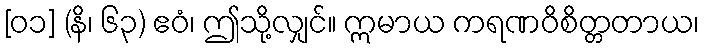
[၀၁] (နိ၊ ၆၃) ဧဝံ၊ ဤသို့လျှင်။ ဣမာယ ကရဏဝိစိတ္တတာယ၊